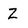
Character: Z